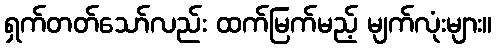
ရှက်တတ်သော်လည်း ထက်မြက်မည့် မျက်လုံးများ။